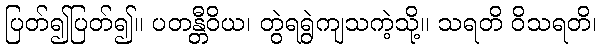
ပြတ်၍ပြတ်၍။ ပတန္တီဝိယ၊ တွဲရရွဲကျသကဲ့သို့။ သရတိ ဝိသရတိ၊